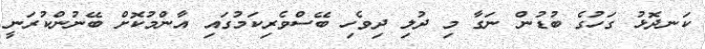
ކަނދޮޅު ގަހުގެ ބުޑުން ނަގާ މި ދުލި ދިވެހި ބޭސްވެރިކަމުގައި އާންމުކޮށް ބޭނުންކުރަނީ